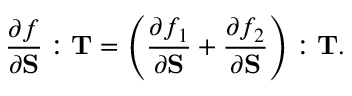
{ \frac { \partial f } { \partial \mathbf { S } } } : \mathbf { T } = \left( { \frac { \partial f _ { 1 } } { \partial \mathbf { S } } } + { \frac { \partial f _ { 2 } } { \partial \mathbf { S } } } \right) : \mathbf { T } .